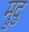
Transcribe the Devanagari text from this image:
म्रुदु